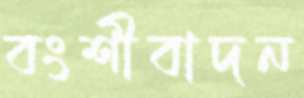
বংশীবাদন